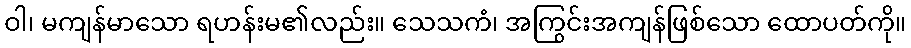
ဝါ၊ မကျန်မာသော ရဟန်းမ၏လည်း။ သေသကံ၊ အကြွင်းအကျန်ဖြစ်သော ထောပတ်ကို။